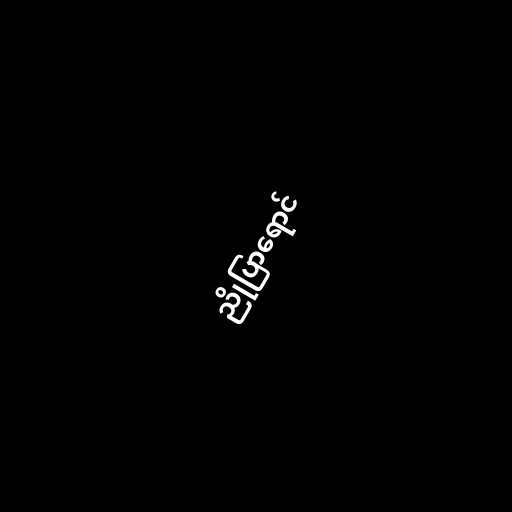
ညိုပြာရောင်